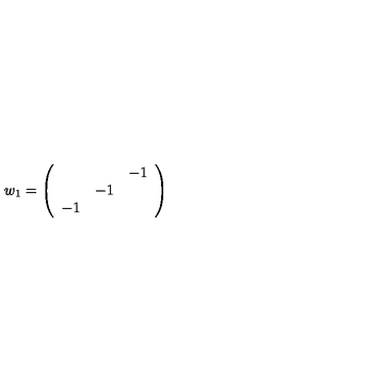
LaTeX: w _ { 1 } = \left( \begin{array} { c c c } { } & { } & { - 1 } \\ { } & { - 1 } & { } \\ { - 1 } & { } & { } \\ \end{array} \right)